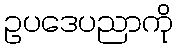
ဥပဒေပညာကို